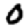
Digit: 0